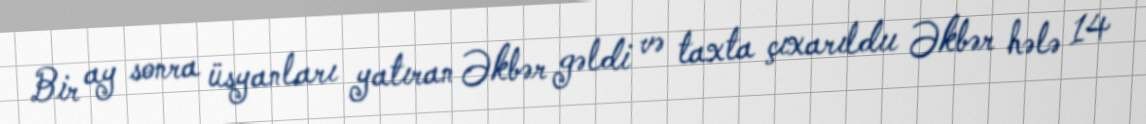
Bir ay sonra üsyanları yatıran Əkbər gəldi və taxta çıxarıldıı Əkbər hələ 14